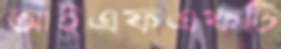
আইএফএফটি